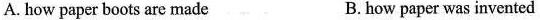
A. how paper boots are made B.how paper was invented